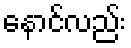
နောင်လည်း